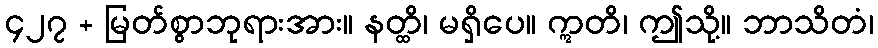
၄၂၇ + မြတ်စွာဘုရားအား။ နတ္ထိ၊ မရှိပေ။ ဣတိ၊ ဤသို့။ ဘာသိတံ၊